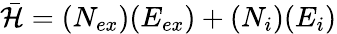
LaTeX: \mathcal{\bar{H}}=(N_{ex})(E_{ex})+(N_{i})(E_{i})